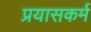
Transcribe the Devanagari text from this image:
प्रयासकर्म